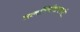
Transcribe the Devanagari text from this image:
सामभिर्यत्तत्कवयो